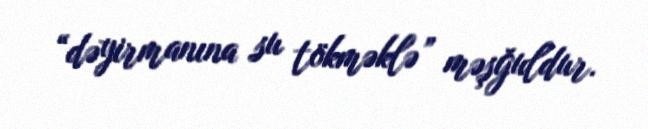
“dəyirmanına su tökməklə” məşğuldur.